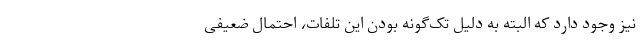
نیز وجود دارد که البته به دلیل تک‌گونه بودن این تلفات، احتمال ضعیفی